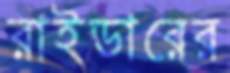
রাইডারের